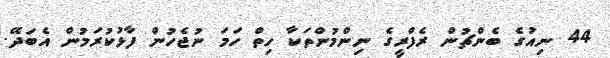
44 ނިއުގެ ބެންޗުން ރެފްރީގެ ނިންމުންތަކާ ހިތް ހަމަ ނުޖެހުން ފާޅުކުރަމުން އެބަދޭ.